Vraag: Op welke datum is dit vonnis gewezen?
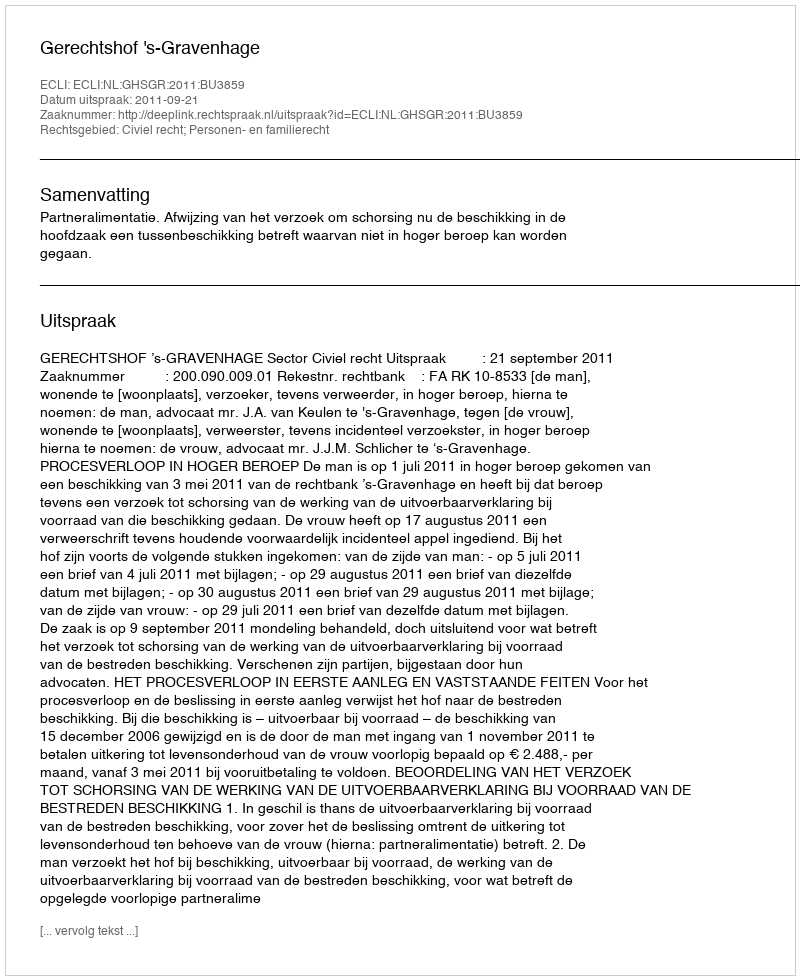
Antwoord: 2011-09-21